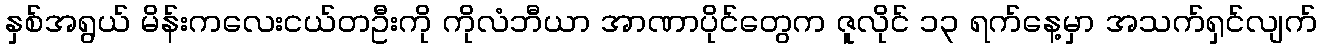
နှစ်အရွယ် မိန်းကလေးငယ်တဦးကို ကိုလံဘီယာ အာဏာပိုင်တွေက ဇူလိုင် ၁၃ ရက်နေ့မှာ အသက်ရှင်လျက်